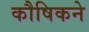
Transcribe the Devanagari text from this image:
कौषिकने